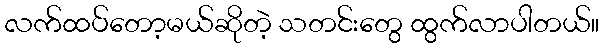
လက်ထပ်တော့မယ်ဆိုတဲ့ သတင်းတွေ ထွက်လာပါတယ်။